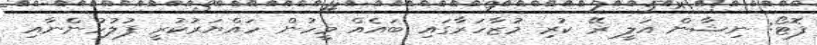
ފޮޓޯ: ނިޝާން އަލީ ރޭ ކުރި މުޒާހަރާގައި ބައެއް މީހުން ހައްޔަރުކުރީ ފުލުހުންނާއި